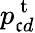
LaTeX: p_{\mathfrak{c}d}^{\mathrm{{~t~}}}